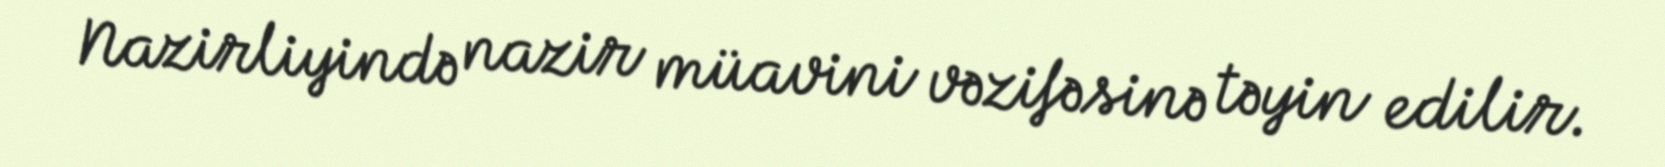
Nazirliyində nazir müavini vəzifəsinə təyin edilir.